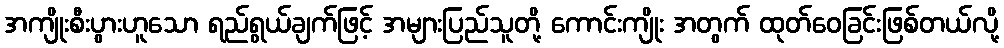
အကျိုးစီးပွားဟူသော ရည်ရွယ်ချက်ဖြင့် အများပြည်သူတို့ ကောင်းကျိုး အတွက် ထုတ်ဝေခြင်းဖြစ်တယ်လို့